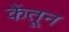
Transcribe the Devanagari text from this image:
केंतून